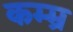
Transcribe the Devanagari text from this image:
कम्म्र